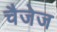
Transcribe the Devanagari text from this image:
चैजेज